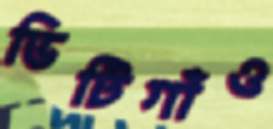
ভিটিগাঁও